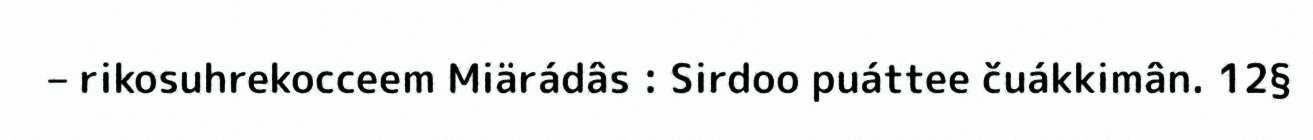
– rikosuhrekocceem Miärádâs : Sirdoo puáttee čuákkimân. 12§